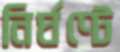
নির্ঘণ্টে